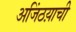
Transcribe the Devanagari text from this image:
अजिंठय़ाची